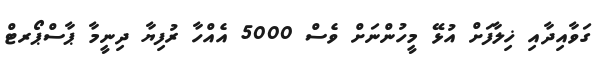
ގަވާއިދާއި ޚިލާފަށް އުޅޭ މީހުންނަށް ވެސް 5000 އެއްހާ ރުފިޔާ ދިނީމާ ޕާސްޕޯރޓް